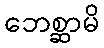
ဘေစ္ဆာမိ